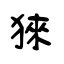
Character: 猍